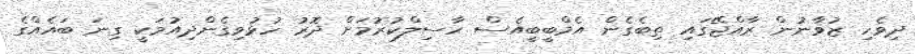
ދިވެހި ޒުވާނުން ރާއްޖޭގައި ތިބެގެން އެމްބީބީއެސް ހާސިލްކުރުމަށް ދޮރު ހުޅުވިގެންދިއުމަކީ ގިނަ ބައެއްގެ